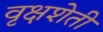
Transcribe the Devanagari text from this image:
वृक्षशेती